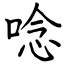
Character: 唸